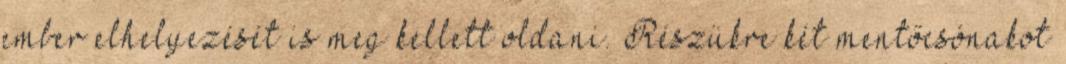
ember elhelyezését is meg kellett oldani. Részükre két mentőcsónakot